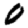
Digit: 0